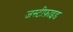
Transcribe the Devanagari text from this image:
जस्टीफ़ाइड